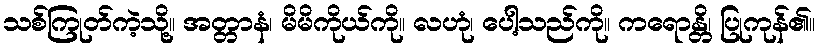
သစ်ကြုတ်ကဲ့သို့။ အတ္တာနံ၊ မိမိကိုယ်ကို။ လဟုံ၊ ပေါ့သည်ကို။ ကရောန္တိ၊ ပြုကုန်၏။